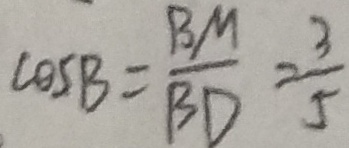
\cos B = \frac { B M } { B D } = \frac { 3 } { 5 }